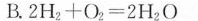
B.$$2 H _ { 2 } + O _ { 2 } = 2 H _ { 2 } O$$